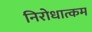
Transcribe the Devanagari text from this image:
निरोधात्कम